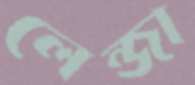
লেন্জা